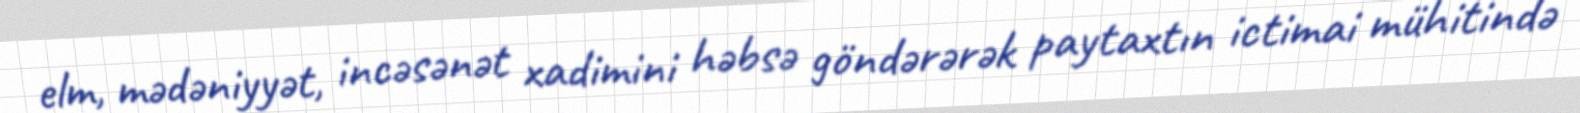
elm, mədəniyyət, incəsənət xadimini həbsə göndərərək paytaxtın ictimai mühitində